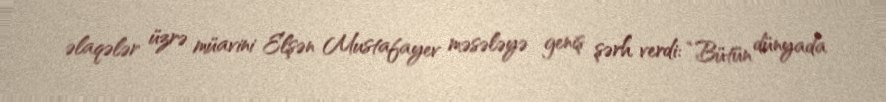
əlaqələr üzrə müavini Elşən Mustafayev məsələyə geniş şərh verdi: “Bütün dünyada